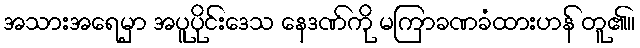
အသားအရေမှာ အပူပိုင်းဒေသ နေဒဏ်ကို မကြာခဏခံထားဟန် တူ၏။